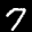
Label: 7